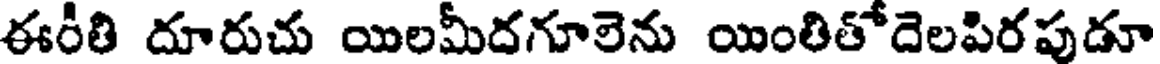
ఈరీతి దూరుచు యిలమీదగూలెను యింతితోదెలపిరపుడూ